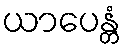
ယာပေန္တံ